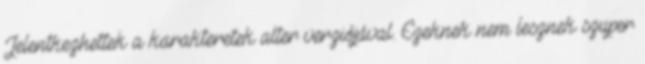
Jelentkezhettek a karakteretek alter verziójával. Ezeknek nem lesznek szuper